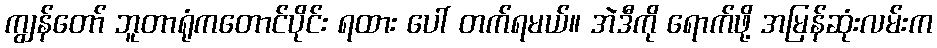
ကျွန်တော် ဘူတာရုံကတောင်ပိုင်း ရထား ပေါ် တက်ရမယ်။ အဲဒီကို ရောက်ဖို့ အမြန်ဆုံးလမ်းက